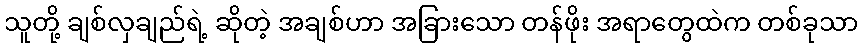
သူတို့ ချစ်လှချည်ရဲ့ ဆိုတဲ့ အချစ်ဟာ အခြားသော တန်ဖိုး အရာတွေထဲက တစ်ခုသာ